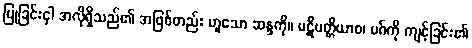
ပြုခြင်းငှါ အလိုရှိသည်၏ အဖြစ်တည်း ဟူသော ဆန္ဒကို။ ပဋိပတ္တိယာစ၊ မဂ်ကို ကျင့်ခြင်း၏